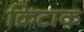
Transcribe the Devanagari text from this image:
क्रिटाक